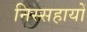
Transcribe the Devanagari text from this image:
निस्सहायों